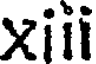
xiii